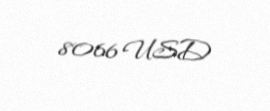
8066 USD